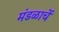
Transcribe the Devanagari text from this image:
मंडळाचें